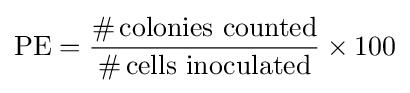
\mathrm {PE} ={\frac {\#\,{\text{colonies counted}}}{\#\,{\text{cells inoculated}}}}\times 100